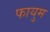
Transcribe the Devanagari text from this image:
फायुम